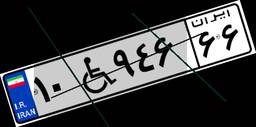
۱۰W۹۴۶۶۶